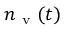
n _ { \mathrm { ~ v ~ } } ( t )